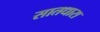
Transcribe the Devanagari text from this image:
सातधारा